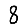
Digit: 8